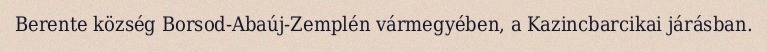
Berente község Borsod-Abaúj-Zemplén vármegyében, a Kazincbarcikai járásban.